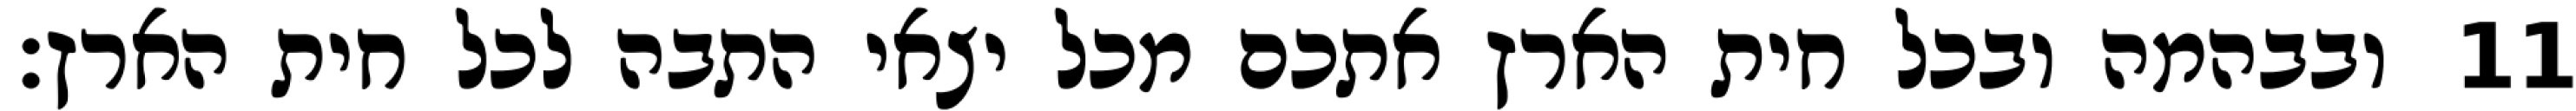
ובבהמה ובכל חית הארץ אתכם מכל יצאי התבה לכל חית הארץ׃ ‎11‏